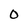
Character: 0